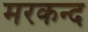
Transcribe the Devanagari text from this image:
मरकन्द